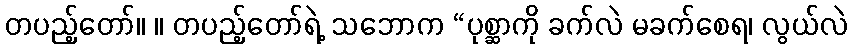
တပည့်တော်။ ။ တပည့်တော်ရဲ့ သဘောက “ပုစ္ဆာကို ခက်လဲ မခက်စေရ၊ လွယ်လဲ